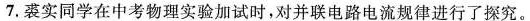
7.裘实同学在中考物理实验加试时，对并联电路电流规律进行了探究。